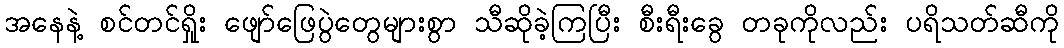
အနေနဲ့ စင်တင်ရှိုး ဖျော်ဖြေပွဲတွေများစွာ သီဆိုခဲ့ကြပြီး စီးရီးခွေ တခုကိုလည်း ပရိသတ်ဆီကို